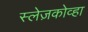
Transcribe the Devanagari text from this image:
स्लेज़कोव्हा